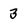
Character: 3